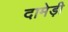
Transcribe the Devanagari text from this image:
दामेड़ी